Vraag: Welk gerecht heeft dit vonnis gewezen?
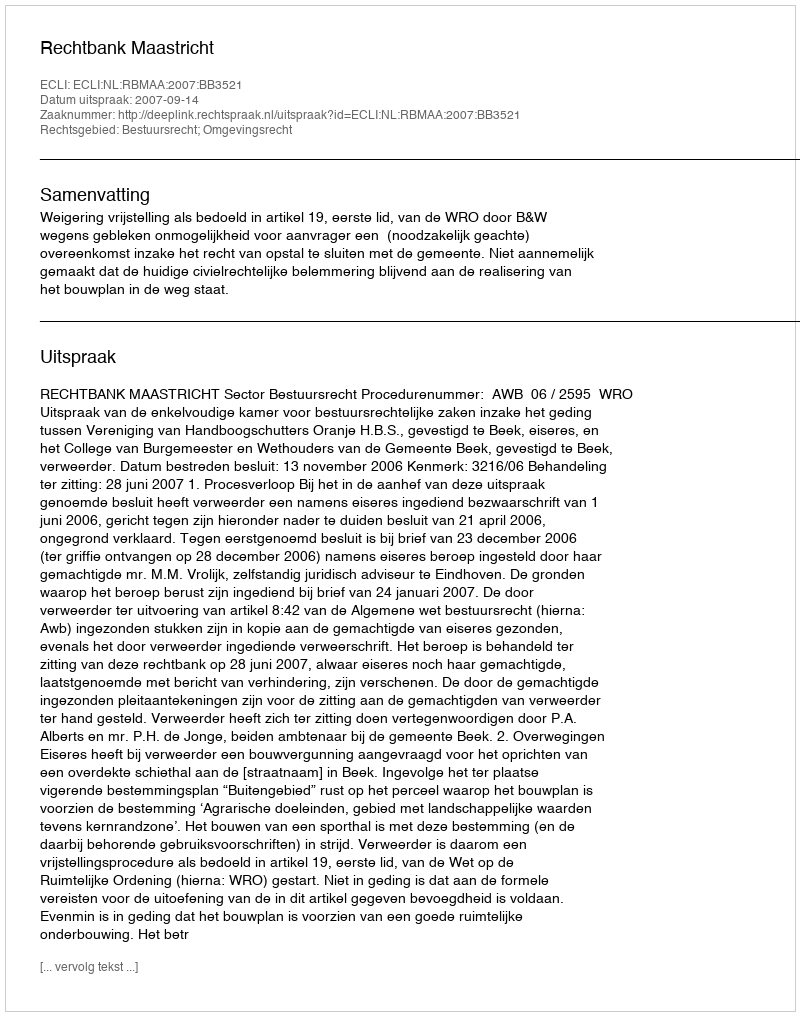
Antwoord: Rechtbank Maastricht